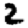
Digit: 2